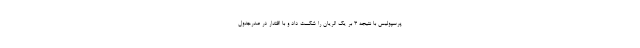
پرسپولیس با نتیجه ۳ بر یک الریان را شکست داد و با اقتدار در صدرجدول